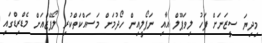
މިދިޔަ ސީޒަނަށް ފަހު ލިވަޕޫލް އާއި ނަޕޯލީއިން ހޯދުމަށް މަސައްކަތްކުރި ލޯޕޭޒްއަށް މެޑްރިޑްގައި